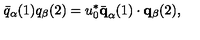
\bar { q } _ { \alpha } ( 1 ) q _ { \beta } ( 2 ) = u _ { 0 } ^ { * } \bar { \bf q } _ { \alpha } ( 1 ) \cdot { \bf q } _ { \beta } ( 2 ) ,